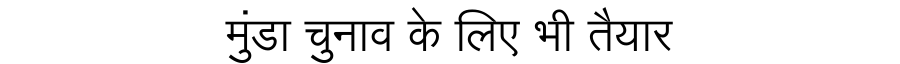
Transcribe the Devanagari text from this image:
मुंडा चुनाव के लिए भी तैयार